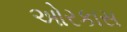
ઓરકાસ